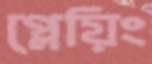
প্লেয়িং